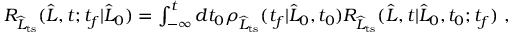
\begin{array} { r } { R _ { \widehat { L } _ { \mathrm { t s } } } ( \widehat { L } , t ; t _ { f } | \widehat { L } _ { 0 } ) = \int _ { - \infty } ^ { t } d t _ { 0 } \rho _ { \widehat { L } _ { \mathrm { t s } } } ( t _ { f } | \widehat { L } _ { 0 } , t _ { 0 } ) R _ { \widehat { L } _ { \mathrm { t s } } } ( \widehat { L } , t | \widehat { L } _ { 0 } , t _ { 0 } ; t _ { f } ) \ , } \end{array}